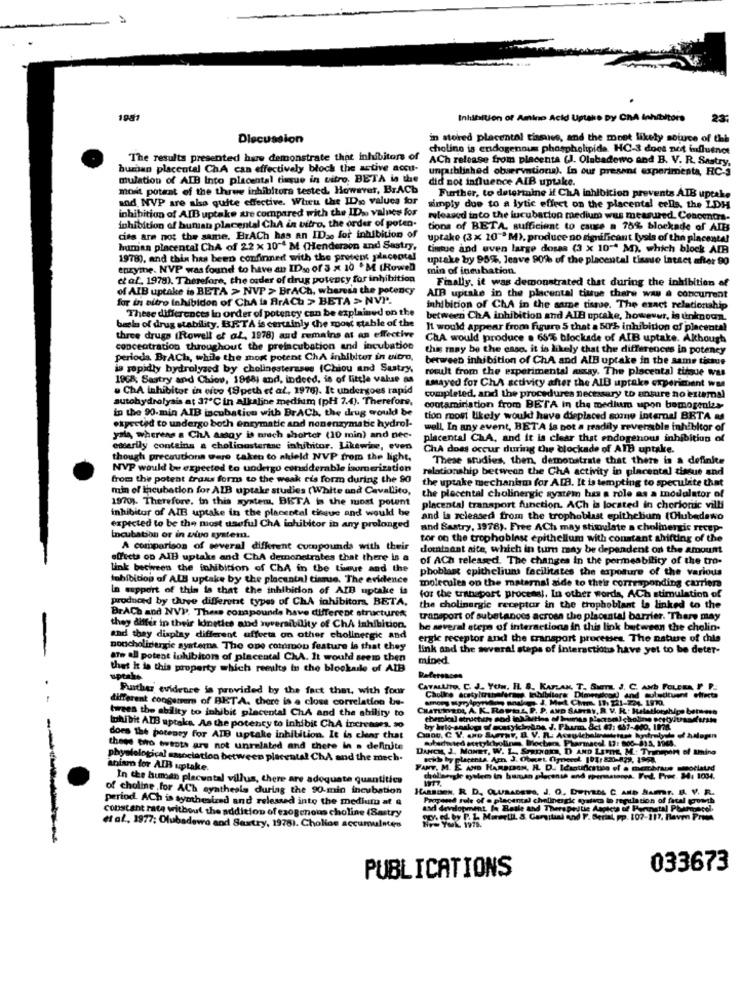
1981
Inhibition of Amino Acid Uptake Dy ChA Inhibitors
23:
Dlecussion
in storred placental tissues, and the most likely source of thb
choline is endogenous phospholipida. HC-3 does not influence
The results presented hare demonstrate that inhibitors of
ACh release from placenta (J. Olabadewo and B. V. R. Sastry,
human placental ChA can effectively bloch the active accu- unparblinhed observations). In our present experimenta, RCS
mulation of AIB Into placental tisqque in vitro, BETA is the did not influence AIB uptake.
most potent of the three inhibitors tested. However, Br.ACb
and, NVP are also quite effective. When the IDso values for
Further, to determine if ChA inhibition prevents AIB uptake
inhibition of AIB uptake are compared with the ID .. values for
simply due to a lytic effect on the placental cells, the LDH
inhibition of human placental ChA in vitro, the order of poten.
released into the incubation medium was measured. Conocers-
tions of BETA, sufficient to cute a 75% blockade of AIB
cies are not the same. BrACh has an IDse for inhibition of
uptake (3x 20" M), produce no significant lysis of the placental
human placental ChA of 22 x 10"4 M (Henderson and Sastry,
tintue and even large doses (3 x 10" M), which block AIR
1978), and this has been confinned with the protest placental
uptake by 95%, Jeave 90% of the placental tissue intact after 90
enzyme. NVP was found to have an IDso of 3 x 10 .M (Rowen
min of incubation.
et al. 1978). Therefore, the order of drug potency for inhibition
Finally, it was demonstrated that during the inhibition af
of AIB uptake is BETA > NVP > BrACh, wheresa the potency
for in vitro inhibidon of ChA is ArACh > BETA > NVP.
AIB uptake in the placental titue chare was a concurrent
These differences in order of potency can be explained on the
inhibition of ChA in the same tissue. The exact relationship
beslu of drug stability. BETA is certainly che roost ctable of the
between ChA inhibition and AIB uptake, however, is tinknown.
11 would appear from figure 5 that a 50% inhibition of placental
three drugs (Rowell of al, 1978) and remains at an effective
ChA would produce . 6576 blockade of AIB uptake. Although
concentration throughout the preincubation and incubation
this may be the caso, it is likely that the differences in potency
perioda BrACh, while the most potent ChA inhibitor in vitro,
between inhibition of ChA and All uptake in the same tissue
is rapidly bydrolyzed by cholinesterases (Chiou and Sustry,
result from the experimental may. The placental tique was
180%; Sestry and Chiou, 1988) and, indeed. is of little valuse as
. ChA inhibitor in vivo (8peth et al, 1976). It undergoes rapid
Lsayed for ChA activity after the ALB uptake experiment was
autohydrolysis at 37℃ in alkaline medium (pH 7.4). Therefore,
completed, and the procedures necessary to ansure no external
in the 90.min AIB incubation with DrACh, the drug would be
contamination from BETA in the medium upon bemogenies
tion most likely would have displaced somne internal BETA as
expected to undergo both enzymatic and nonenzymatic hydrol-
well. In any event, BETA is not a readily reversible inhibitor of
yala, whereas a ChA assay is much shorter (10 min) and nee-
placental ChA, and it is clear that endogenous inhibition of
ediarily contains a cholinosterase inhibitor. Likewine, even
ChA does occur during the blockade of AID uptake.
though precautions were taken to shield NVP from the light,
These studies, then, demonstrate that there is a definite
NVP would be expected to undergo condderable isomerization
relationship between the ChA activity in placental tissue and
from the potent trans form to the weak ris form during the 90
the uptake mechanism for A[B. It is tempting to speculate that
min of incubation for AIB uptake studies (White and Cavallito,
1970). Therefore. in this system, BETA is the most potent
the placchtal cholinergic system has a role as a modulator of
inhibitor of AIB uptake in the placeotal tissue and would be
placental transport function. ACh is located in chorionic villi
and is released from the trophoblast epithebum (Olubadawo
expected to be the most useful ChA inhibitor in any prolonged
and Sastry, 1978). Free ACh may stimulate a cholinergic recep-
Incubation or in vivo system.
tor on the trophobiest epithellum with constant shifting of the
A comparison of several different compounds with their
dominant aite, which in turn may be dependent on the amount
effects on AIB uptake and ChA demonstrates that there is a
of ACh released. The changes in the permeability of the tro-
link bectrees the inhibition of ChA in the tieue and the
phoblast epithelium facilitates the exposure of the various
tahibition of ALS uptake by the placental tinmuse. The evidence
In support of this is that the inhibition of AID uptake is
molecules on the maternal aide to their corresponding carriera
produced by thuve different types of ChA inhibitors, BETA,
for the transport process). In other words, ACh stimulation of
the cholinergic receptor in the trophoblant la linked to the
BrACh and NVP. These compounds have different structures;
transport of substances across the placental barrier. There may
they diffis in their kinetics and zyversibility of ChA inhibition.
be several steps of interactions in this link between the cholin-
and they display different affects on other cholinergic and
ergie receptor and the transport processes. The nature of chia
noncholinergic ayatema The one common feature is that they
link and the several steps of interactions have yet to be deter-
ate all potest inhibitor of placental ChA. It would seem then
mined.
that It is this property which results in the blockadle of AIB
uptale
Further evidence is provided by the fact that, with four
CavaLtito, C. J. Yoin. IL S. KAPLAN, T. SIGTa. J. C. AND FOLERA, P
POLERA,
different congenere of BETA. there is a close correlation be-
twees the ability to inhibit placental ChA and the ability to
CHATURVEDI A. K. Rowts, P. P. AND SARAY, R. V. R .: Relationships between
tuhibit AIB uptaka. As the potency to inhibit ChA increases. 30
Io-analog of acasykkelns J. Phum, &ci 67: 657-400.
dors the potency for AID uptake inhibition. It is clear that
utadonted acetylcholine Briochera Pharmacol 12: 000-315, 1968.
these two boots are not unrelated and there in a definite
DANCH J. MONET, W. L ., SParNoka, D AND LaTHE, M .: Transport of ting
physiological association between placental ChA and the mech.
aniam for AIB uptake.
FANT, M. E. AND HARBISON, IL. D. Idagtificatico of a marchrun
potlatad
In the human placuatal villus, there are adequate quantities
cholangle goles in busan placensh and permstones. Fed. Prue. 34: 1034.
of choline for ACh synthesis during the 90-min incubation
HARBISON, R. D. OLURABERS, J. O. DUIVEOL C. AND SAMT. B. V. R.
period. ACh is synthesized and relessed into the medium at @
Prepend sule of e placental cholinergic systems in regulation of facal growth
constant rate without the addition of exogenous choline (Sastry
asc development la Reale and Therapeutic Aapkets of Pennatal Phunment!
op. of by P. 1. Maurtil. S. Geritial and F. Serial, pp. 107-217, Have Prmn
et al ., 1977; Olubadewo and Sextry, 1978). Chollos accumulates
PUBLICATIONS
033673